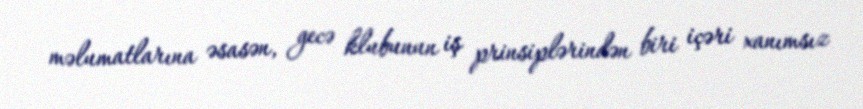
məlumatlarına əsasən, gecə klubunun iş prinsiplərindən biri içəri xanımsız